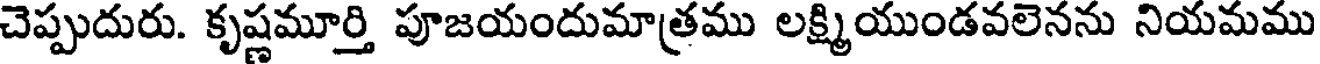
చెప్పుదురు. కృష్ణమూర్తి పూజయందుమాత్రము లక్ష్మియుండవలెనను నియమము